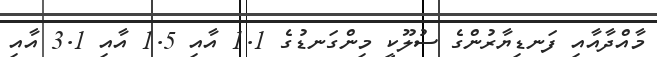
މާއްދާއާއި ފަނޑިޔާރުންގެ ސުލޫކީ މިންގަނޑުގެ 1.1 އާއި 1.5 އާއި 3.1 އާއި